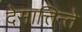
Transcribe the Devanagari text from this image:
देसात्तिन्ते